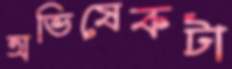
অভিষেকটা